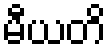
မီယတိ